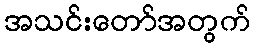
အသင်းတော်အတွက်